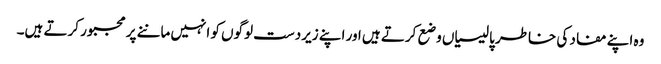
وہ اپنے مفاد کی خاطر پالیسیاں وضع کرتے ہیں اور اپنے زیردست لوگوں کو انہیں ماننے پر مجبور کرتے ہیں۔